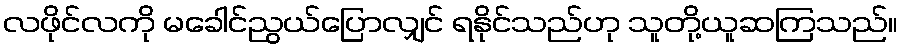
လဖိုင်လကို မခေါင်ညွယ်ပြောလျှင် ရနိုင်သည်ဟု သူတို့ယူဆကြသည်။